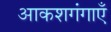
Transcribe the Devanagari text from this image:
आकशगंगाएँ